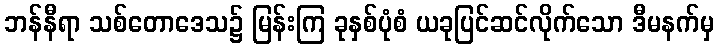
ဘန်နီရာ သစ်တောဒေသ၌ မြန်းကြ ခုနှစ်ပုံစံ ယခုပြင်ဆင်လိုက်သော ဒီမနက်မှ